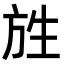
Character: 𭤯